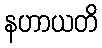
နဟာယတိ